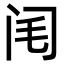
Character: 𨸃